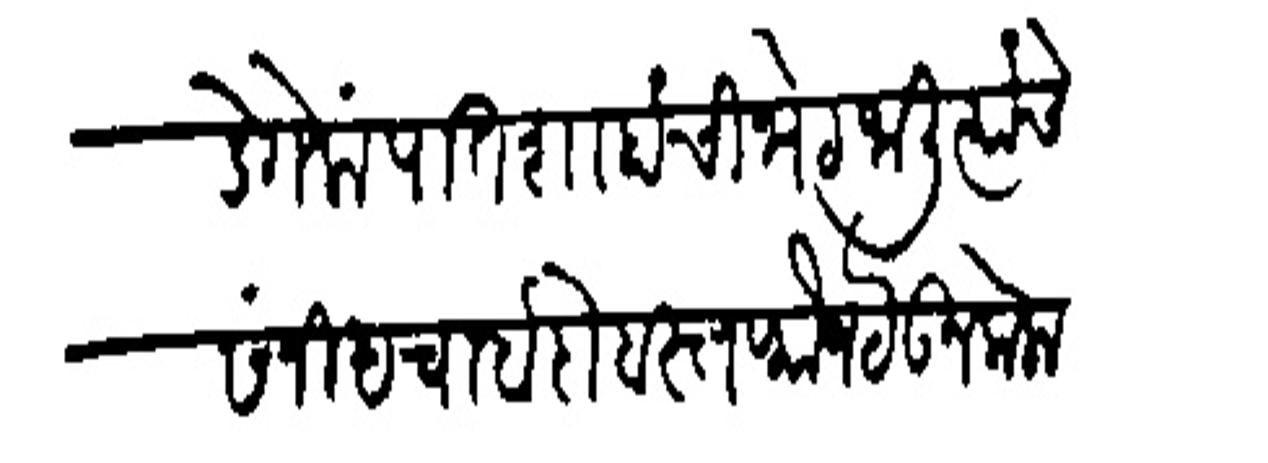
Transliteration (Devanagari): तिकडे गेला पातशाहांची भेट जाली त्यांचि संनिधचा बंदोबस्त फौज ठेऊन केला